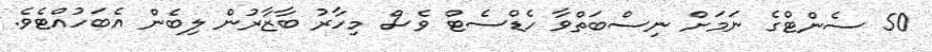
50 ސެންޓްގެ ނަމަށް ނިސްބަތްވާ ހެޑްސެޓް ވެސް މިހާރު ބާޒާރުން ލިބެން އެބަހުއްޓެވެ.